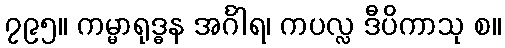
၇၉၅။ ကမ္မာရုဒ္ဓန အင်္ဂါရ၊ ကပလ္လ ဒီပိကာသု စ။